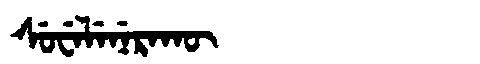
Manchu: ᠰᡠᠸᡝᠯᡝᠨᡝᡵᠠᡴᡡ
Romanization: SUWELENERAKŪ